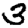
Digit: 3